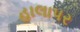
હાલાપર